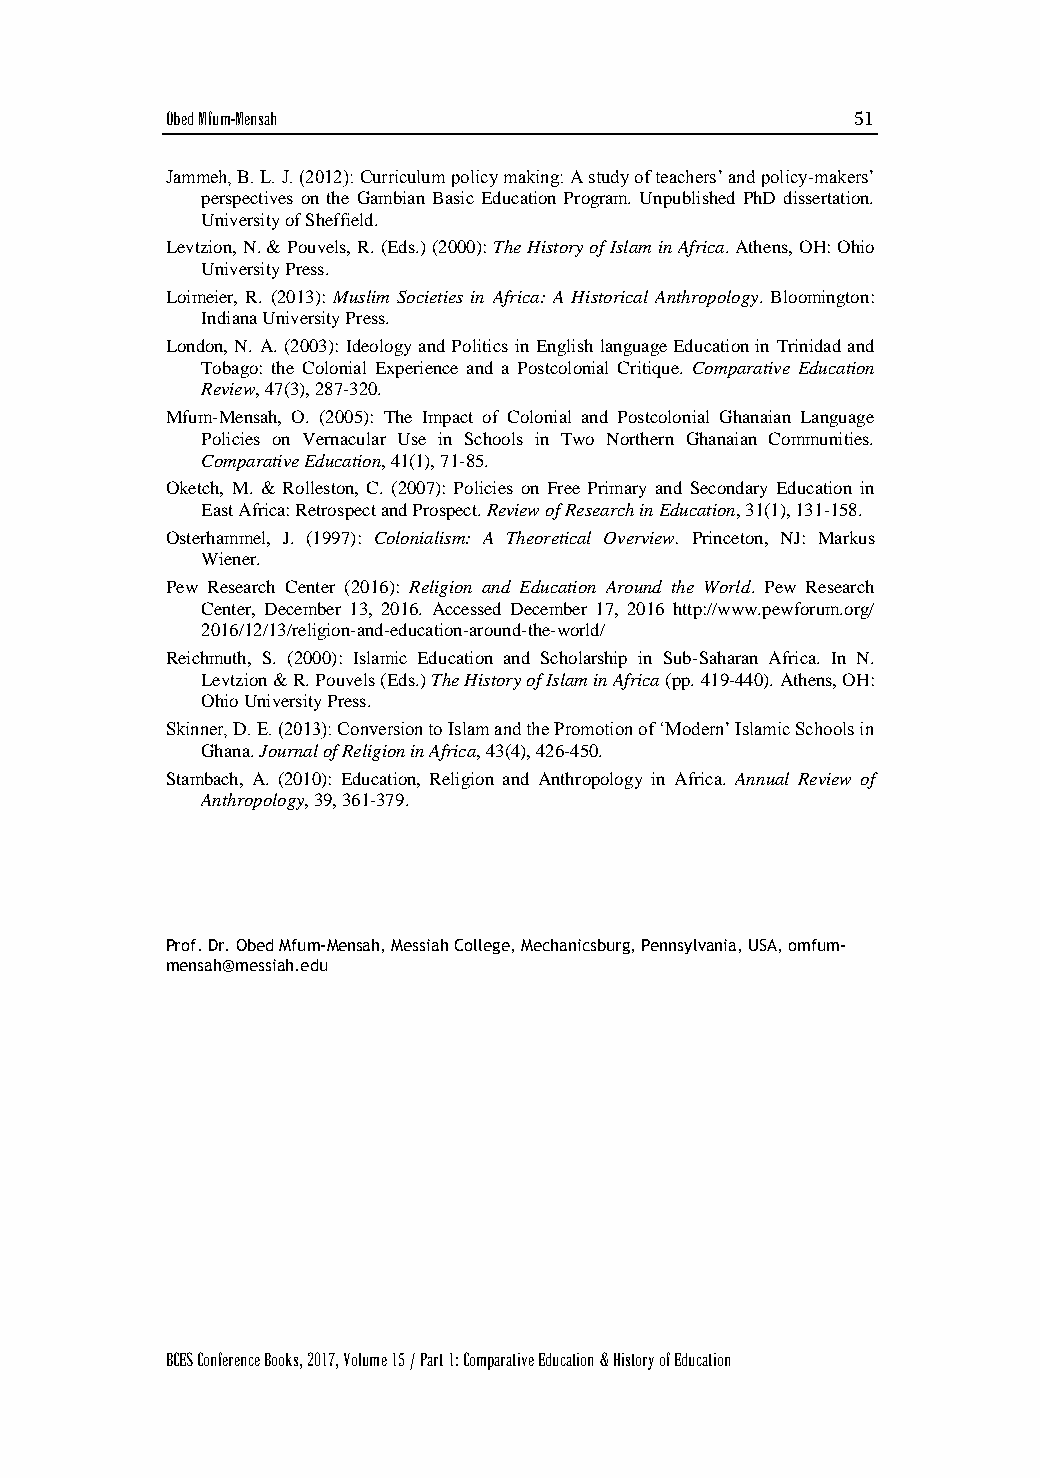
Obed Mfum-Mensah                              51
 Jammeh, B. L. J. (2012): Curriculum policy making: A study of teachers’ and policy-makers’
 perspectives on the Gambian Basic Education Program. Unpublished PhD dissertation.
 University of Sheffield.
 Levtzion, N. & Pouvels, R. (Eds.) (2000): The History of Islam in Africa. Athens, OH: Ohio
 University Press.
 Loimeier, R. (2013): Muslim Societies in Africa: A Historical Anthropology. Bloomington:
 Indiana University Press.
 London, N. A. (2003): Ideology and Politics in English language Education in Trinidad and
 Tobago: the Colonial Experience and a Postcolonial Critique. Comparative Education
 Review, 47(3), 287-320.
 Mfum-Mensah, O. (2005): The Impact of Colonial and Postcolonial Ghanaian Language
 Policies on Vernacular Use in Schools in Two Northern Ghanaian Communities.
 Comparative Education, 41(1), 71-85.
 Oketch, M. & Rolleston, C. (2007): Policies on Free Primary and Secondary Education in
 East Africa: Retrospect and Prospect. Review of Research in Education, 31(1), 131-158.
 Osterhammel, J. (1997): Colonialism: A Theoretical Overview. Princeton, NJ: Markus
 Wiener.
 Pew Research Center (2016): Religion and Education Around the World. Pew Research
 Center, December 13, 2016. Accessed December 17, 2016 http://www.pewforum.org/
 2016/12/13/religion-and-education-around-the-world/
 Reichmuth, S. (2000): Islamic Education and Scholarship in Sub-Saharan Africa. In N.
 Levtzion & R. Pouvels (Eds.) The History of Islam in Africa (pp. 419-440). Athens, OH:
 Ohio University Press.
 Skinner, D. E. (2013): Conversion to Islam and the Promotion of ‘Modern’ Islamic Schools in
 Ghana. Journal of Religion in Africa, 43(4), 426-450.
 Stambach, A. (2010): Education, Religion and Anthropology in Africa. Annual Review of
 Anthropology, 39, 361-379.
 Prof. Dr. Obed Mfum-Mensah, Messiah College, Mechanicsburg, Pennsylvania, USA, omfum-
 mensah@messiah.edu
 BCES Conference Books, 2017, Volume 15 / Part 1: Comparative Education & History of Education